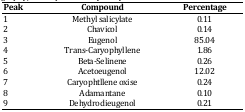
| Peak | Compound | Percentage |
 | --- | --- | --- |
 | 1 | Methyl salicylate | 0.11 |
 | 2 | Chavicol | 0.14 |
 | 3 | Eugenol | 85.04 |
 | 4 | Trans-Caryophyllene | 1.86 |
 | 5 | Beta-Selinene | 0.26 |
 | 6 | Acetoeugenol | 12.02 |
 | 7 | Caryophtllene oxise | 0.24 |
 | 8 | Adamantane | 0.10 |